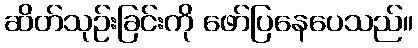
ဆိတ်သုဉ်းခြင်းကို ဖော်ပြနေပေသည်။